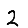
Digit: 2